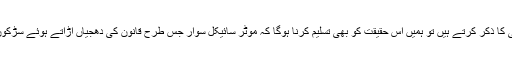
اگر ہم لاہور اور اب پاکستان کی سڑکوں پر چلنے والی حکمران طبقات کی قیمتی گاڑیوں کی قانون شکنی کا ذکر کرتے ہیں تو ہمیں اس حقیقت کو بھی تسلیم کرنا ہوگا کہ موٹر سائیکل سوار جس طرح قانون کی دھجیاں اڑاتے ہوئے سڑکوں کو موت کے کنووں میں بدل چکے ہیں، وہ ایک قانون شکن سماج کی ثقافت کا سب سے بڑا ثبوت ہے۔